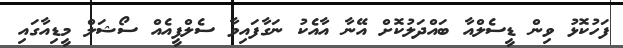
ފަހުކޮޅު ވިން ޑީސެލްއާ ބައްދަލުކޮށް އޭނާ އާއެކު ނަގާފައިވާ ސެލްފީއެއް ސޯޝަލް މީޑިއާގައި